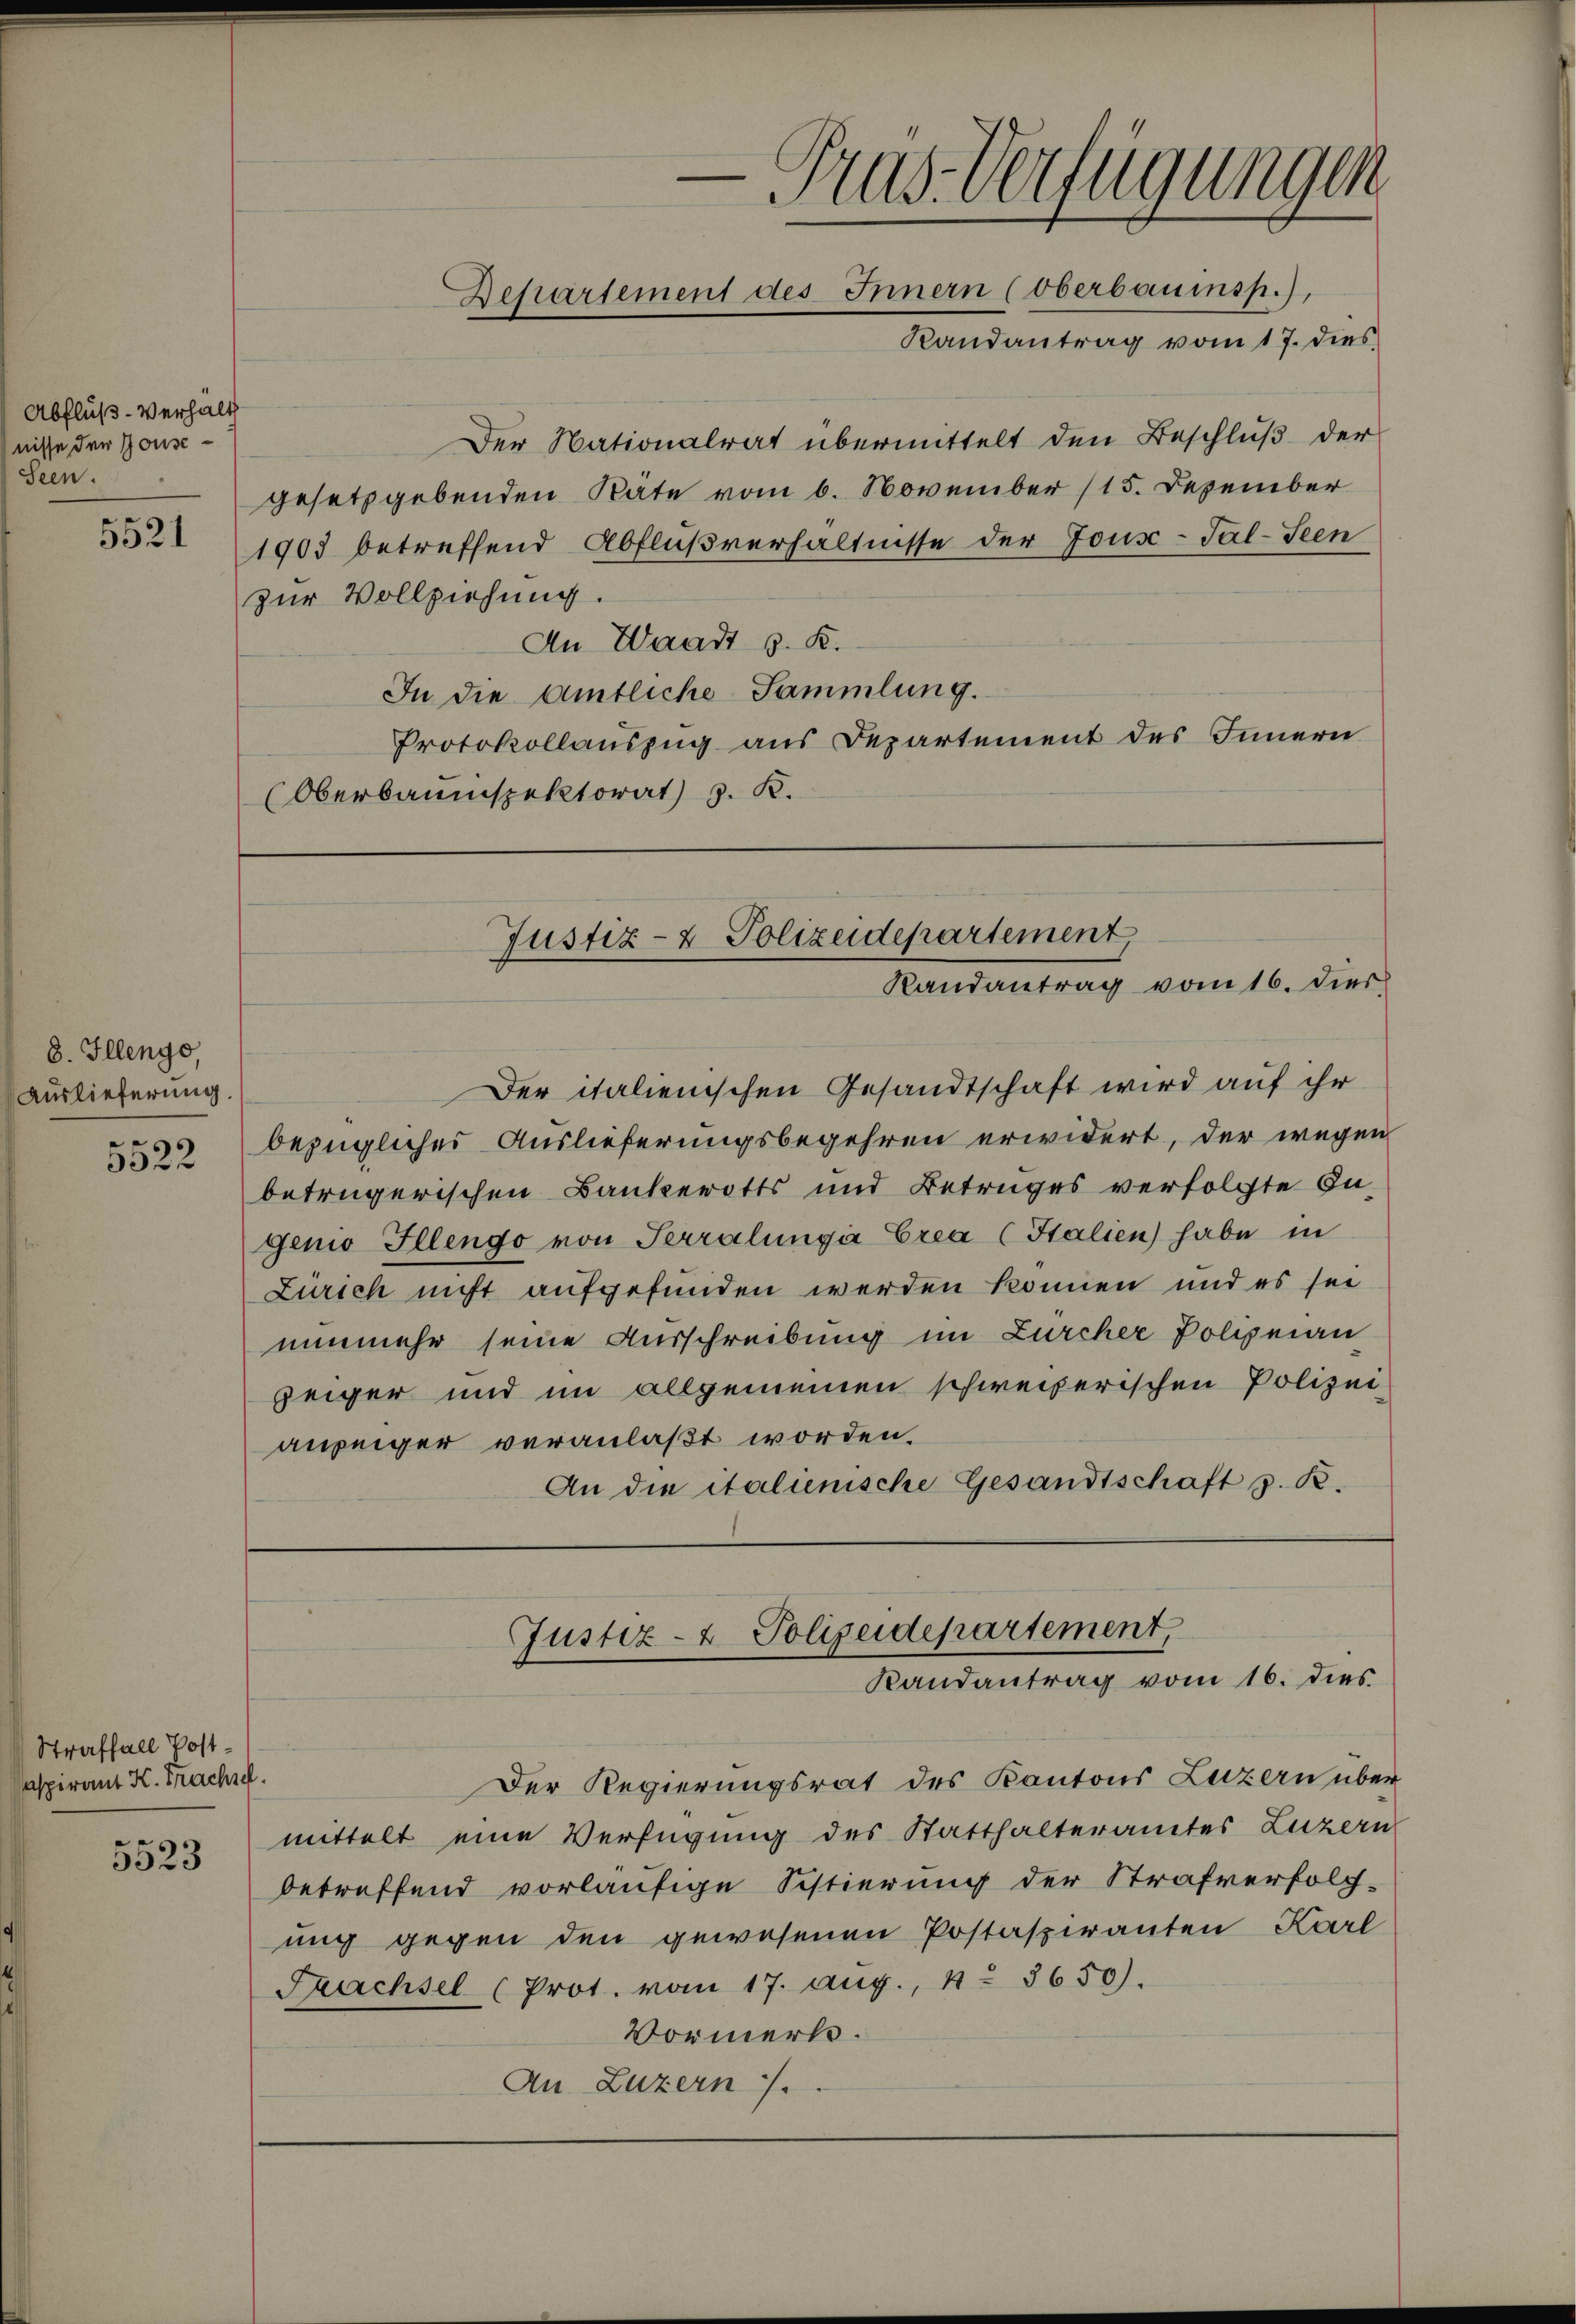
Abfluß-Verhält
nisse der Gouse¬
Seen.

8. Illengo,
Auslieferung.

5522

Straffall Postaspirant K. Frachsch

5523

.

.
Pas Verfügungen
Departement des Innern (Oberbauensp.),
Randantrag vom 17. dies

Der Nationalrat übermittelt den Beschluß der
gesetzgebenden Säte vom 6. November 115. Dezember
5521903 betreffend Abflußverhältnisse der Jouse-Pal-Seen
zur Vollziehung.
An Waadt z. K.
In die Amtliche Sammlung.
Protokollauszug aus Departement des Innern
Oberbaumspektorat J. K.

Justiz- & Polizeidepartement
Randantrag vom 16. dies

Der italienischen Gesandtschaft wird auf ihr
bezügliches Auslieferungsbegehren erwidert, der wegen
betrügerischen Bankerotts und Betruges verfolgte In-
genio Illendo von Terralungen Crea (Kalien habe in
Zürich nicht aufgefunden werden können und es sei
nunmehr seine Ausschreibung im Zürcher Polizeian
zeiger und im allgemeinen schweizerischen Polizei-
anzeiger veranlaßt worden.
An die italienische Gesandtschaft z. B.

Justiz- & Polizeidepartement
Randantrag vom 16. dies

Der Regierungsrat des Kantons Luzern über
mittelt eine Verfügung des Statthalteramtes Luzern
betreffend vorläufige Sistierung der Strafverfolg-
ung gegen den gewesenen Postaspiranten Karl
Prachsel (Prot. vom 17. Aug., 4. 3650).
Vormerk.
An Luzern